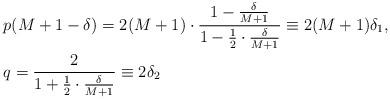
LaTeX: \begin{align*}& p(M+1 - \delta) = 2(M+1)\cdot\frac{1-\frac{\delta}{M+1}}{1-\frac{1}{2}\cdot\frac{\delta}{M+1}} \equiv 2(M+1)\delta_1, \\&q = \frac{2}{1+\frac{1}{2}\cdot\frac{\delta}{M+1}} \equiv 2\delta_2 \end{align*}